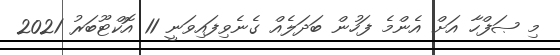
މި ޞަފްހާ އަށް އެންމެ ފަހުން ބަދަލެއް ގެނެވިފައިވަނީ 11 އޮކްޓޫބަރު 2021